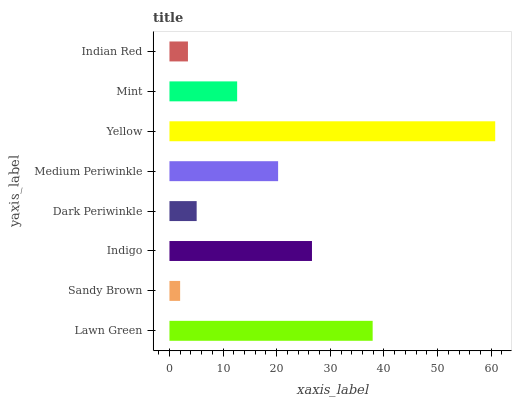
| yaxis_label | bars |
 | --- | --- |
 | Lawn Green | 37.9 |
 | Sandy Brown | 1.99 |
 | Indigo | 26.6 |
 | Dark Periwinkle | 5.07 |
 | Medium Periwinkle | 20.3 |
 | Yellow | 60.7 |
 | Mint | 12.6 |
 | Indian Red | 3.45 |